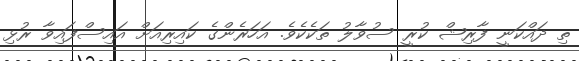
ތި ދައްކަނީ ފާރިޝް ކުރީ ސުވާލު ތަކެކެވެ. އަހަރެންގެ ކައިރިއަށް އައިސްފައިވާ ރުޅި